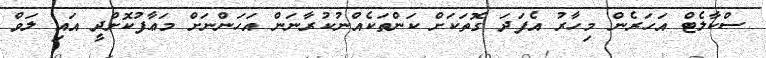
ސްކާލެޓް އަހަރެން މިހާރު އެފަދަ ގޮތަކަށް ކަންތަކެއްނުކުރާނަން އަހަންނަށް މަޢާފުކޮށްދީ އައި ލަވް